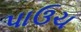
પાઉચ